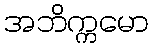
အဘိက္ကမော